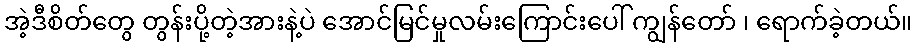
အဲ့ဒီစိတ်တွေ တွန်းပို့တဲ့အားနဲ့ပဲ အောင်မြင်မှုလမ်းကြောင်းပေါ် ကျွန်တော် ၊ ရောက်ခဲ့တယ်။